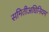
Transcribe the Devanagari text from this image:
समितीअधिनियम